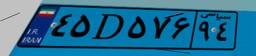
۷۰D۲۰۲۰۲